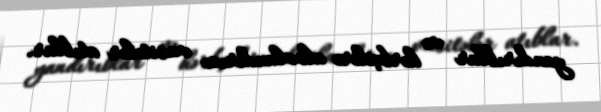
yandırıblar və hərbçilərə alovlandırıcı vasitələr atıblar.